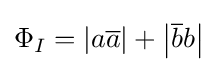
\Phi _{I}=\left\vert a{\overline {a}}\right\vert +\left\vert {\overline {b}}b\right\vert